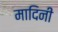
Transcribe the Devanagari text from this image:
मादिनी